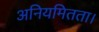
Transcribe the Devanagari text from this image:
अनियमितता।